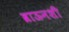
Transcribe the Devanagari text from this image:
ब्राऊनशी